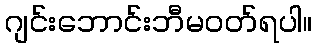
ဂျင်းဘောင်းဘီမဝတ်ရပါ။